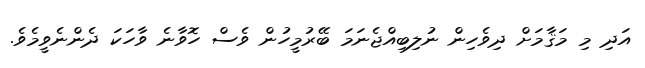
އަދި މި މަޤާމަށް ދިވެހިން ނުލިބިއްޖެނަމަ ބޭރުމީހުން ވެސް ހޮވާނެ ވާހަކަ ދެންނެވީމެވެ.